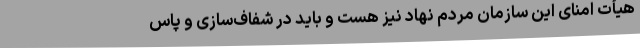
هیأت امنای این سازمان مردم نهاد نیز هست و باید در شفاف‌سازی و پاس